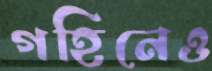
গহিনেও